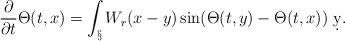
LaTeX: \begin{align*} \frac{\partial}{\partial t}\Theta(t,x) = \int_\S W_r(x-y) \sin(\Theta(t,y)-\Theta(t,x))\ \d y.\end{align*}